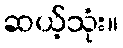
ဆယ့်သုံး။